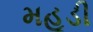
મહૂડી